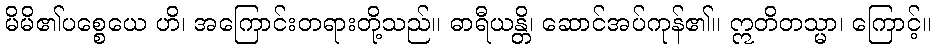
မိမိ၏ပစ္စေယေ ဟိ၊ အကြောင်းတရားတို့သည်။ ဓာရီယန္တိ၊ ဆောင်အပ်ကုန်၏။ ဣတိတသ္မာ၊ ကြောင့်။